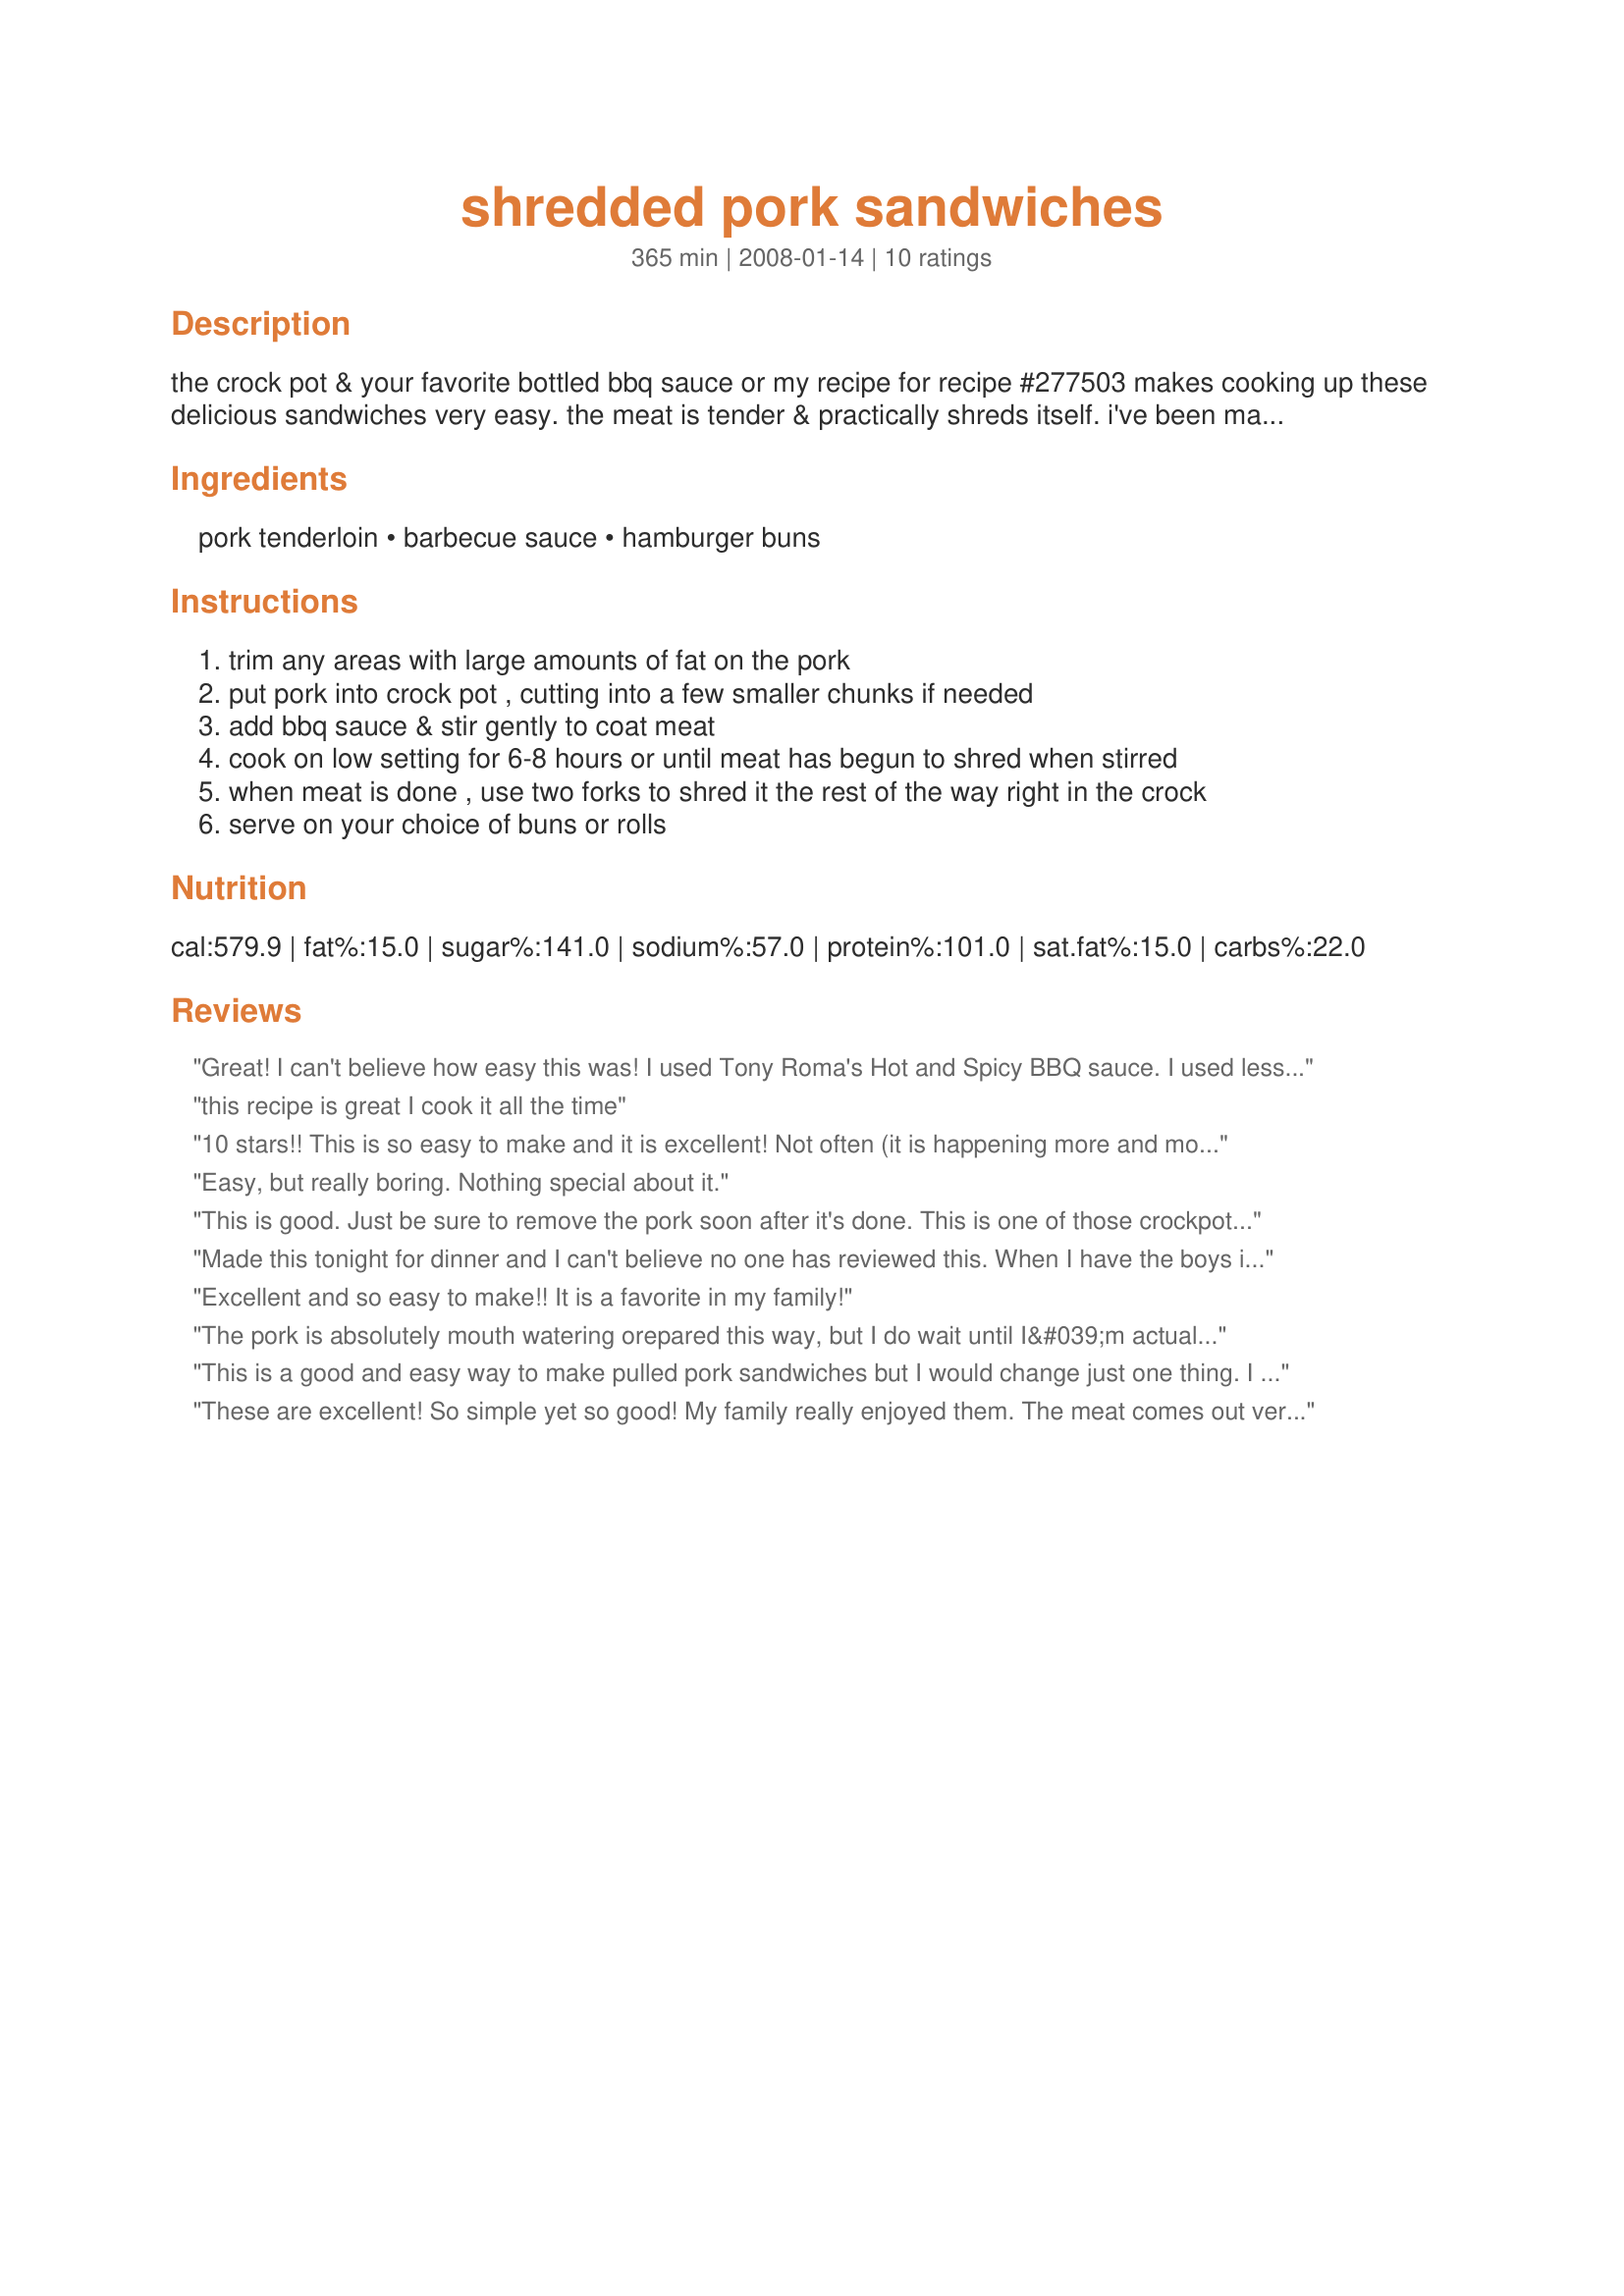
shredded pork sandwiches
Preparation time: 365 minutes

the crock pot & your favorite bottled bbq sauce or my recipe for recipe #277503 makes cooking up these delicious sandwiches very easy. the meat is tender & practically shreds itself. i've been making this recipe for 20 years & always get rave reviews.

Ingredients:
pork tenderloin, barbecue sauce, hamburger buns

Steps:
trim any areas with large amounts of fat on the pork
put pork into crock pot , cutting into a few smaller chunks if needed
add bbq sauce & stir gently to coat meat
cook on low setting for 6-8 hours or until meat has begun to shred when stirred
when meat is done , use two forks to shred it the rest of the way right in the crock
serve on your choice of buns or rolls

Reviews:
Great! I can't believe how easy this was! I used Tony Roma's Hot and Spicy BBQ sauce. I used less pork tenderloin and eyeballed the BBQ sauce, set it and forgot about it for four hours on high. I used fresh whole wheat kaisers and topped with coleslaw. Tastes even better the next day! I just put it on kaisers again and set it in the oven at 350 for about ten minutes, perfect again!
this recipe is great I cook it all the time
10 stars!! This is so easy to make and it is excellent! Not often (it is happening more and more thanks to zaar) that my mom asks me for a recipe but that is what happened tonight. I threw this together in 15 minutes start to finish. I used two different types of BBQ sauce..smokey mesquite and a hot and spicy, just because I didnt have enough of either one to use it alone. IT was great combined, had that bit of a bite to it. I cooked it all afternoon in the slow cooker, about 15 minutes before hubby was supposed to be home I shredded the meat and returned it to the crockpot. He was late so it simmered for about 45 minutes. I made a batch of fresh buns and served it with coleslaw. We had just finished supper when my parents showed up so I fed them too. My mom asked for the recipe, my dad ate 3 buns. She has company coming in a week and she said its something that she can make easy enough to feed them. This is going right into my keep it box and I will be sharing it with all my friends.
Easy, but really boring. Nothing special about it.
This is good. Just be sure to remove the pork soon after it's done. This is one of those crockpot recipes that the meat will darken & harden if left in the crock pot too long.
Made this tonight for dinner and I can't believe no one has reviewed this. When I have the boys in the pot saying how good it is, I know it is a keeper. Lorilynn this is awesome and deserves more than 5 stars for ease and taste. This one is highly recommended and will be definately made again. Thank you for a great recipe that the whole family loved.
Excellent and so easy to make!! It is a favorite in my family!
The pork is absolutely mouth watering orepared this way, but I do wait until I&#039;m actually making the sandwiches before I add the barbecue sauce. Personally, I think it gets too watered down in the crock pot. My favorite sauce is Sweet Baby Ray&#039;s. (Note: If you consider this recipe bland, to me, you should switch out your sauce to something you like better.)
This is a good and easy way to make pulled pork sandwiches but I would change just one thing. I first cook the pork in my crock pot covered in root beer. Yes, you read that right, root beer. Once the pork is tender drain the root beer and shred the pork. Stir in your favorite barbeque sauce and let simmer 45 minutes to an hour and you will have the most tender and flavorful pulled pork sandwiches ever!
These are excellent! So simple yet so good! My family really enjoyed them. The meat comes out very tender and it's just an easy but satisfying meal. Made for photo tag.
